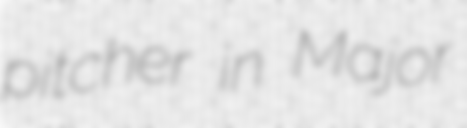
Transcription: pitcher in Major